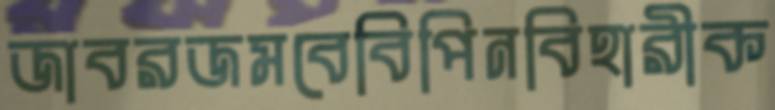
জাবরজমবেবিপিনবিহারীক